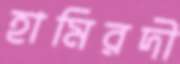
হামিরদী